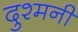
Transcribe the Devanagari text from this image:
दुश्‍मनी